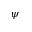
\psi